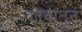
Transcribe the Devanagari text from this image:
गांवातून